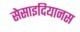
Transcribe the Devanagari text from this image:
सेसाइदियानस